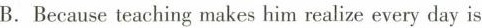
B. Because teaching makes him realixe every day is